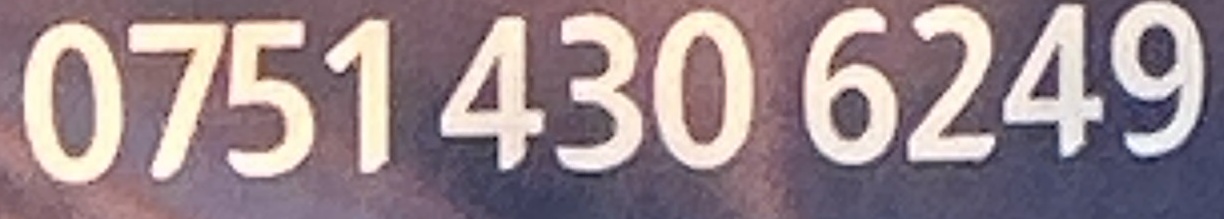
0751 430 6249